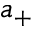
a _ { + }